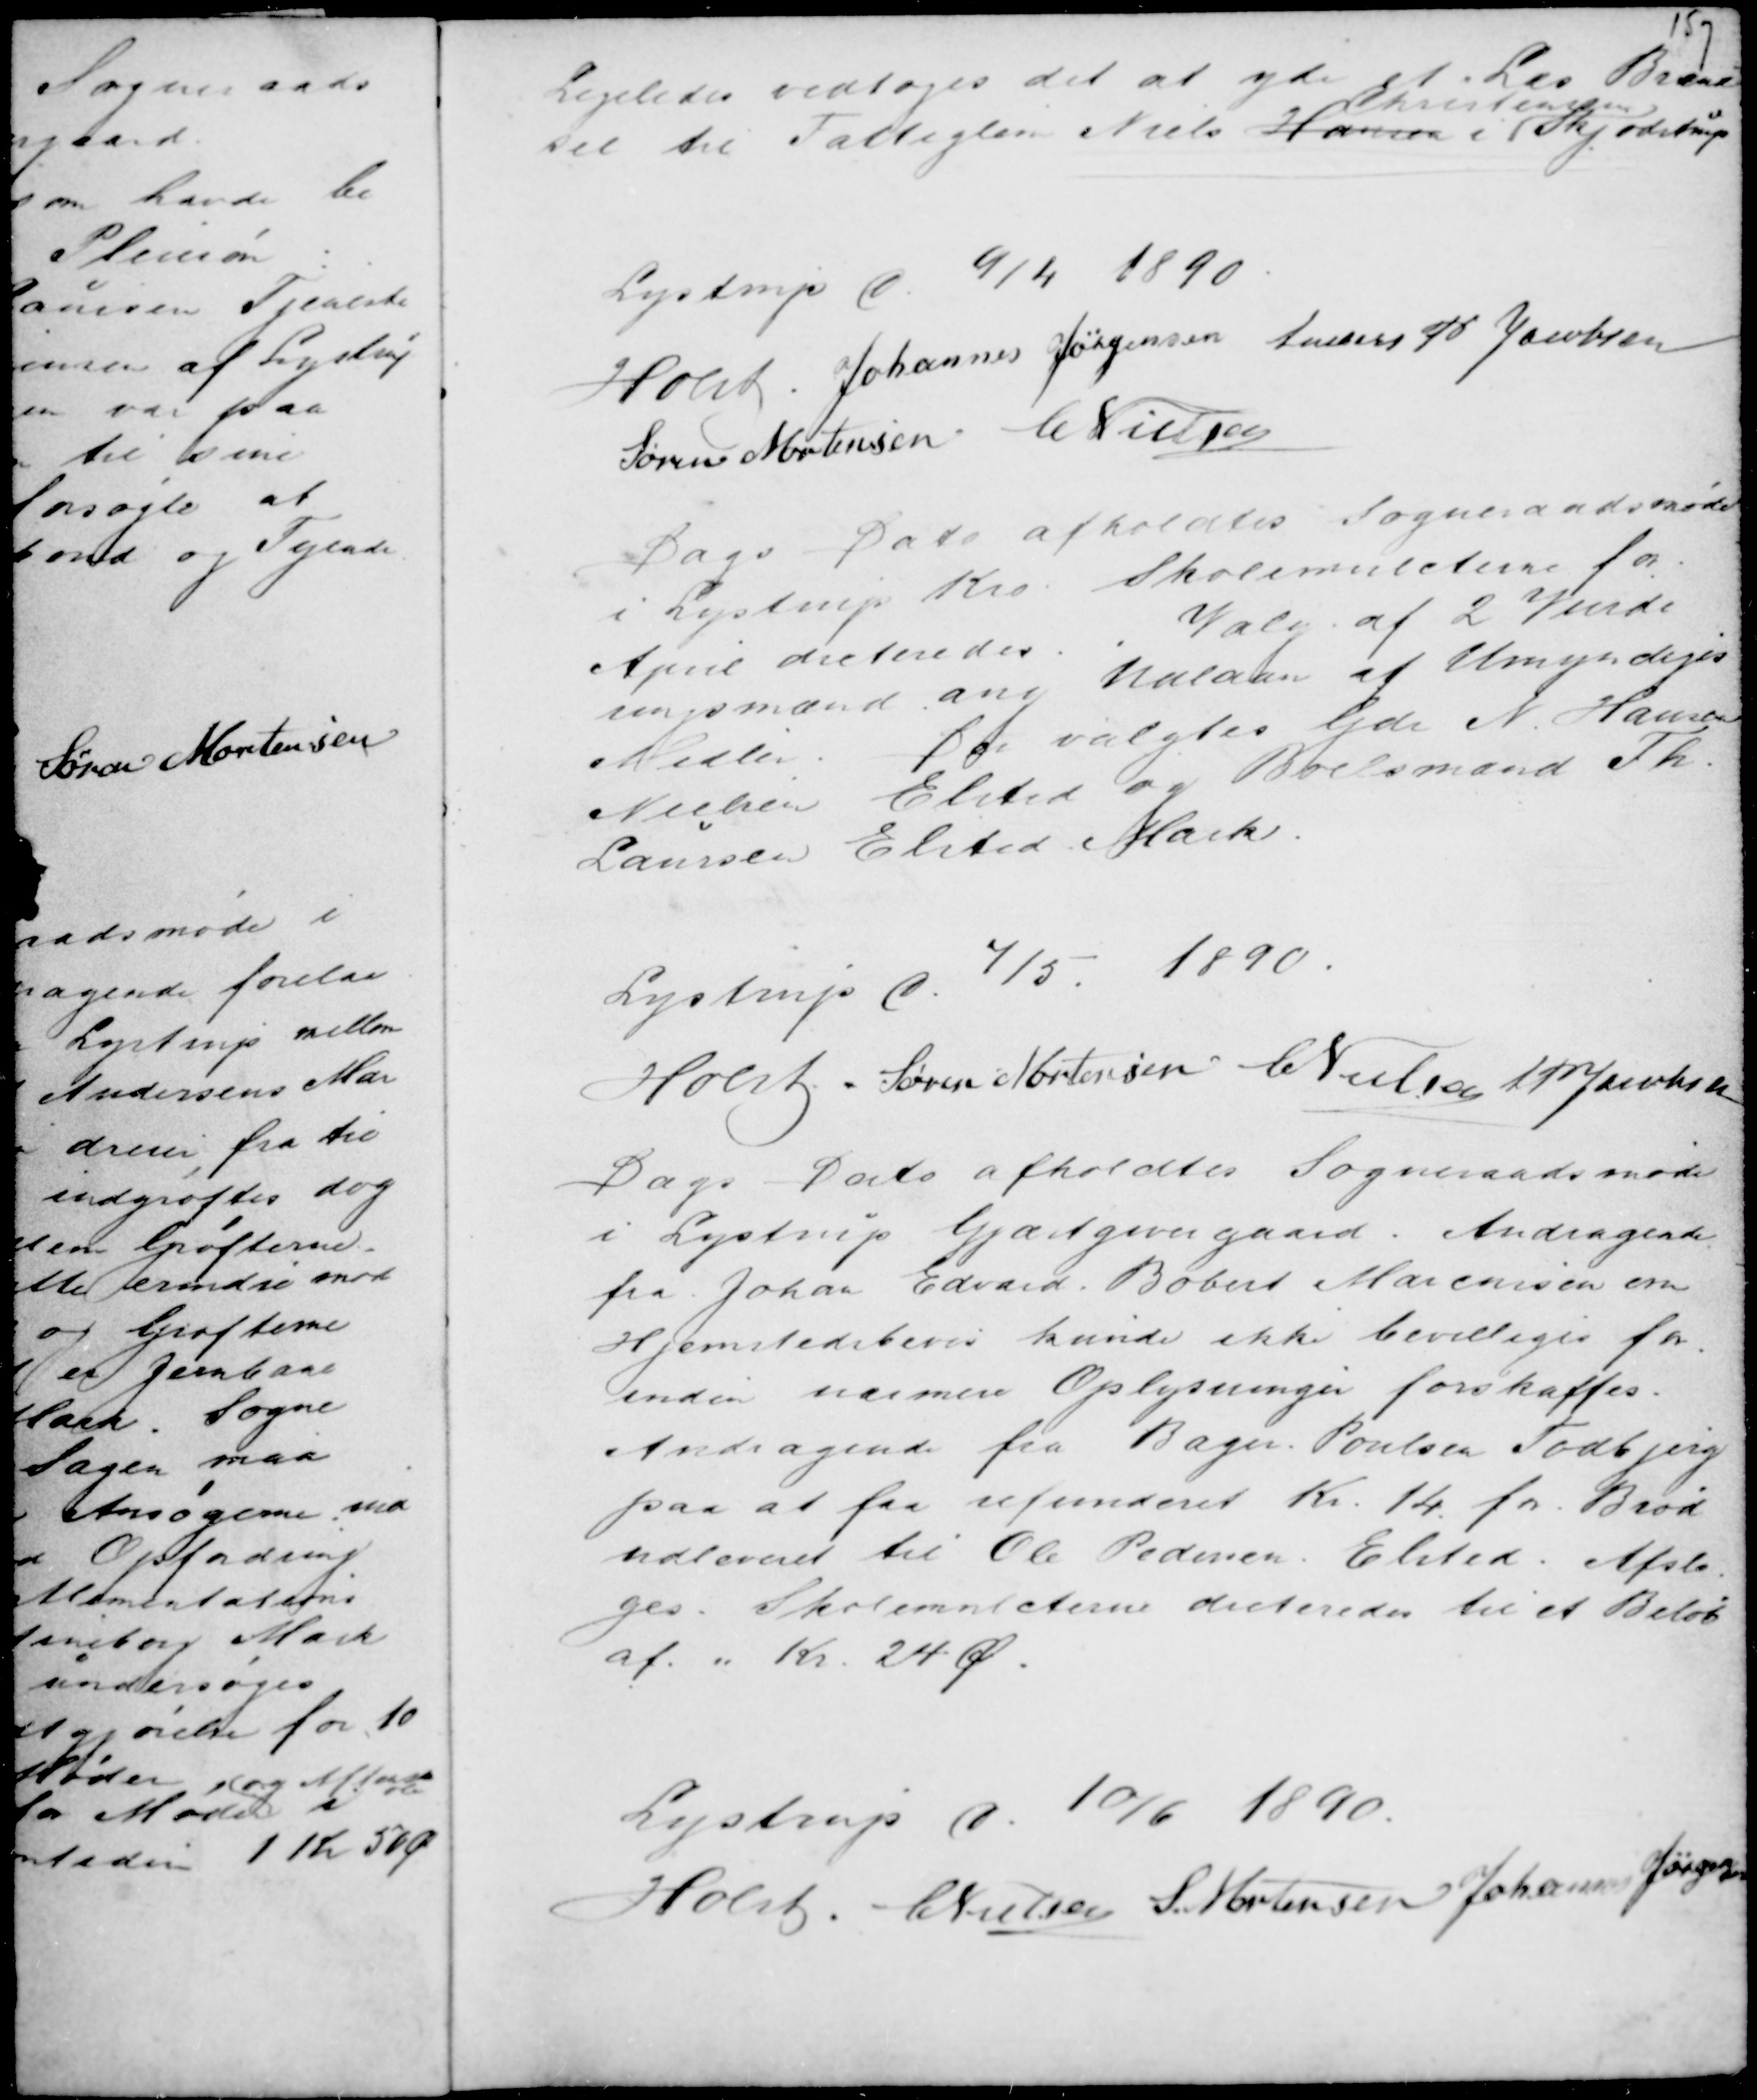
Transskription:
Ligeledes vedtoges det at yde et læs Brænd
sel til Fattiglem Niels Hansen
Christensen
i Skjødstrup

Lystrup d. 9/4 1890.
Holst . Johannes Jørgensen Anders P Jacobsen
Søren Mortensen C Nielsen

Dags Dato afholdtes Sogneraadsmøde
i Lystrup Kro. Skolemulcterne for
April dicteredes. . Valg af 2 Vurde
ringsmænd ang Udlaan af Umyndiges
Midler. Der valgtes Gdr N. Hansen
Nielsen Elsted og Boelsmand Th.
Laursen Elsted Mark.

Lystrup d.
4/5. 1890.
Holst . Søren Mortensen C Nielsen A P Jacobsen
Dags Dato afholdtes Sogneraadsmøde
i Lystrup Gjæstgivergaard. Andragende
fra Johan Edvard Bobert Marcussen om
Hjemstedsbevis kunde ikke bevilliges for
inden nærmere Oplysninger forskaffes.
Andragende fra Bager Poulsen Todbjerg
paa at faa refunderet Kr. 14. for Brød
udleveret til Ole Pedersen. Elsted. Afslo-
ges. Skolemulcterne dicteredes til et Beløb
af. " Kr. 24 Ø.

Lystrup d. 10/6 1890.
Holst . C Nielsen S. Mortensen Johannes Jørgensen